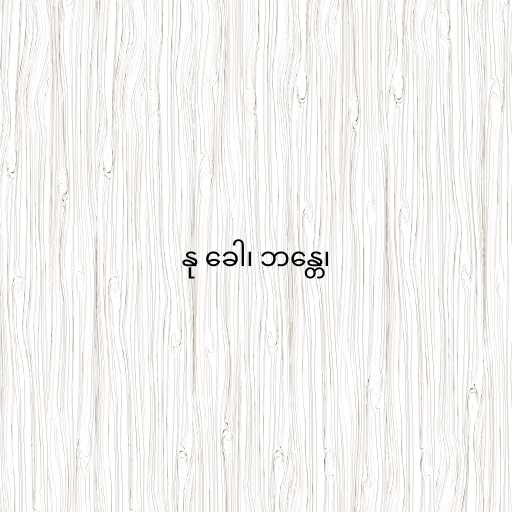
နု ခေါ၊ ဘန္တေ၊